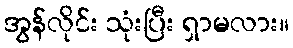
အွန်လိုင်း သုံးပြီး ရှာမလား။